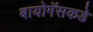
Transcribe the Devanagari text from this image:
बायोगॅसकडे